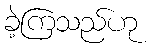
ခဲ့ကြသည်ဟု